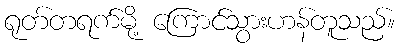
ရုတ်တရက်မို့ ကြောင်သွားဟန်တူသည်။